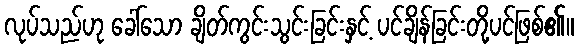
လုပ်သည်ဟု ခေါ်သော ချိတ်ကွင်းသွင်းခြင်းနှင့် ပင်ချိန်ခြင်းတို့ပင်ဖြစ်၏။